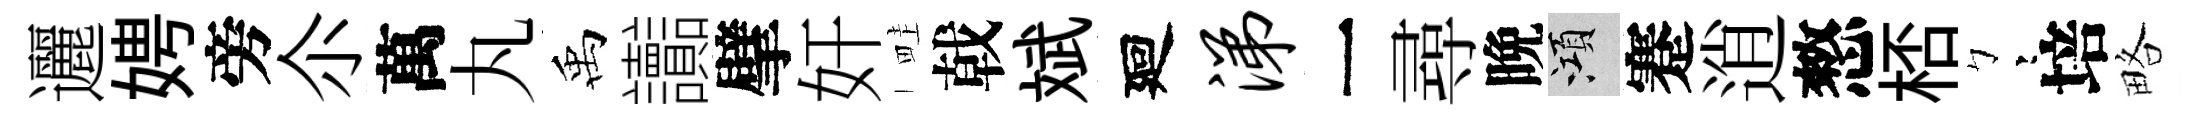
邐娉旁尒萬丸禹讟擘奸畦戟斌廻涕一尋晩澒蹇逍憗桮彎培略